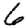
Digit: 6